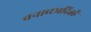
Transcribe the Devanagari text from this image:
वनाच्‍छादितहै